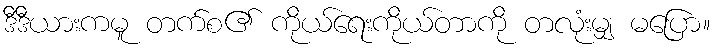
ဒီဒီယားကမူ တက်စ၏ ကိုယ်ရေးကိုယ်တာကို တလုံးမျှ မပြော။